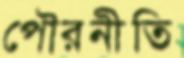
পৌরনীতি